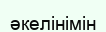
әкелінімін